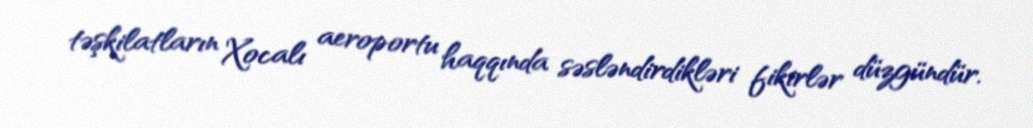
təşkilatların Xocalı aeroportu haqqında səsləndirdikləri fikirlər düzgündür.